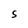
Character: S